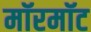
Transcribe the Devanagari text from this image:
मॉरमॉट